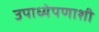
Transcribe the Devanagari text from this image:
उपाध्येपणाशी